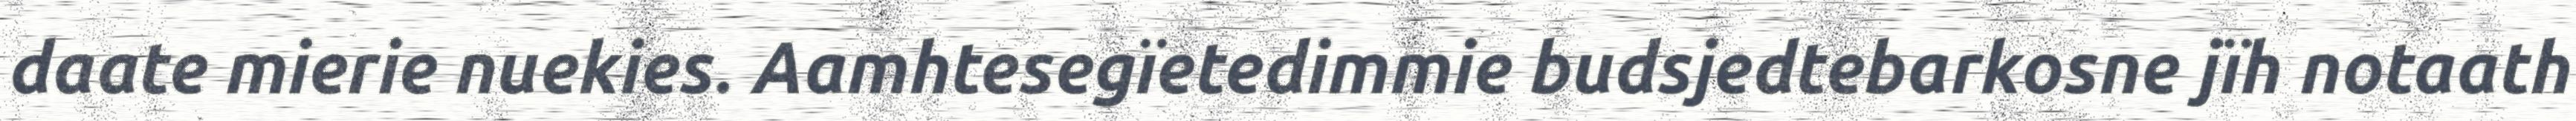
daate mierie nuekies. Aamhtesegïetedimmie budsjedtebarkosne jïh notaath